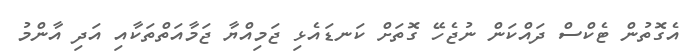
އެގޮތުން ޓެކްސް ދައްކަން ނުޖެހޭ ގޮތަށް ކަނޑައެޅި ޖަމިއްޔާ ޖަމާއަތްތަކާއި އަދި އާންމު